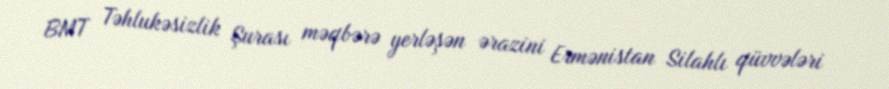
BMT Təhlukəsizlik Şurası məqbərə yerləşən ərazini Ermənistan Silahlı qüvvələri